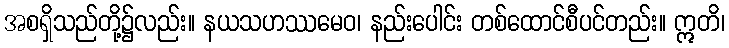
အစရှိသည်တို့၌လည်း။ နယသဟဿမေဝ၊ နည်းပေါင်း တစ်ထောင်စီပင်တည်း။ ဣတိ၊